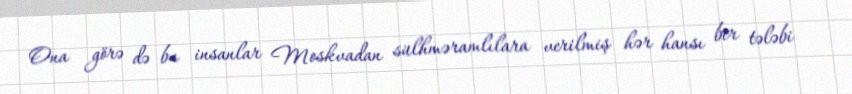
Ona görə də bu insanlar Moskvadan sülhməramlılara verilmiş hər hansı bir tələbi